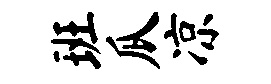
班瓜凉